Leningradi_Edasi_toimetus, lk 6
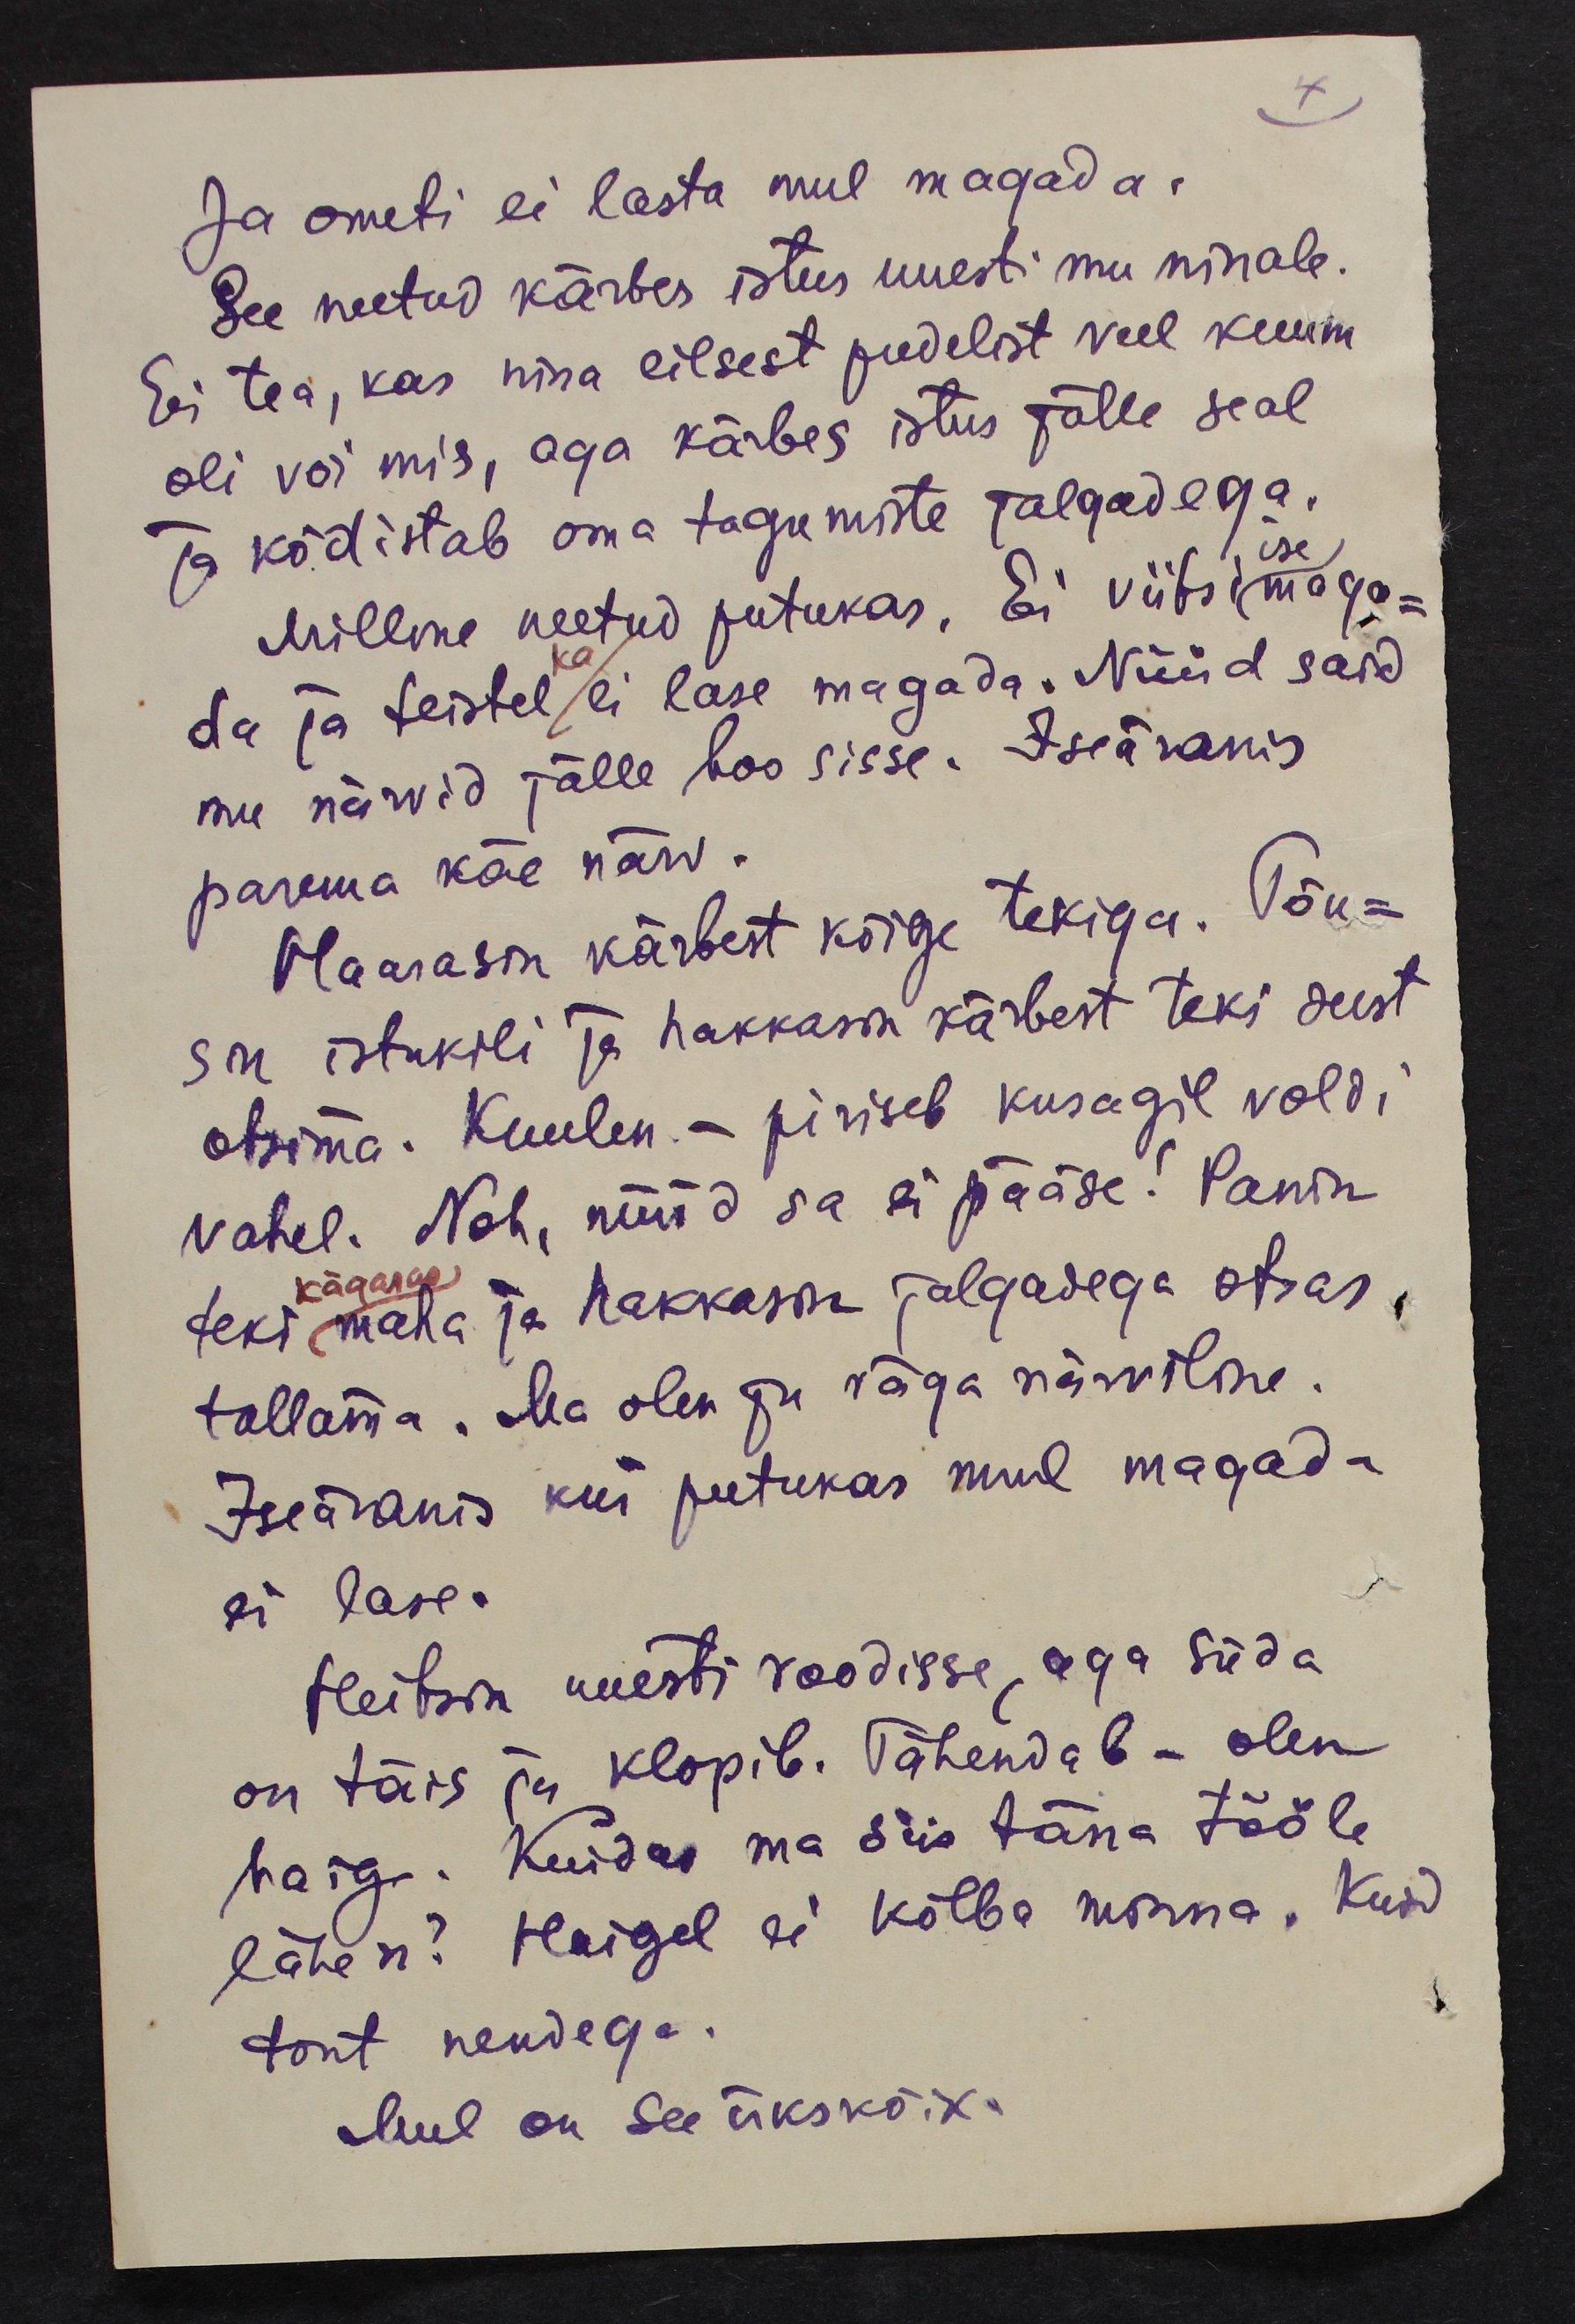
4
Ja ometi ei lasta mul magada.
See neetud kärbes istus uuesti mu ninale.
Ei tea, kas nina eilsest pudelist veel kuum-
oli või mis, aga kärbes istus jälle seal
ja kõdistab oma tagumiste jalgadega.
ise
Milline neetud putukas, Ei viitsi maga-
da ja teistel ei lase magada. Nüüd said
ka
mu närvid jälle hoo sisse. Iseäranis
parema käe närv.
Haarasin kärbest kõige tekiga. Tõu-
sin istukili ja hakkasin kärbest teki seest
otsima. Kuulen - piriseb kusagil voldi
vahel. Noh, nüüd sa ei pääse! Panin
teki maha ja hakkasin jalgadega otsas
kägaras
tallama. Ma olen ju väga närviline.
Iseäranis kui putukas mul magada
ei lase.
Heitsin uuesti voodisse, aga süda
on täis ja klopib. Tähendab - olen
haige. Kuidas ma siis täna tööle
lähen? Haigel ei kõlba minna. Kuid
tont nendega.
Mul on see ükskõik.